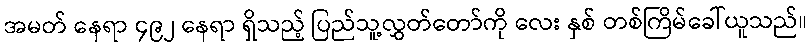
အမတ် နေရာ ၄၉၂ နေရာ ရှိသည့် ပြည်သူ့လွှတ်တော်ကို လေး နှစ် တစ်ကြိမ်ခေါ်ယူသည်။